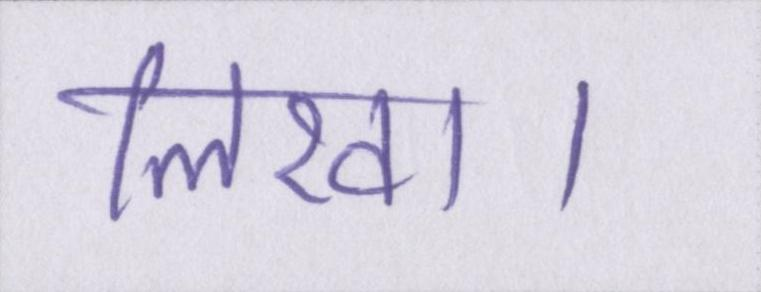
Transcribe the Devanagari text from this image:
लिखा।